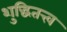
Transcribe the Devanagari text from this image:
शुद्धितत्त्व